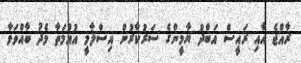
ރާއްޖެ އާއި ރައީސް އަބްދު ޔާމީންގެ ސަރުކާރުން އިސްލާމީ އުއްމަތާ މެދު ބާއްވަވާ